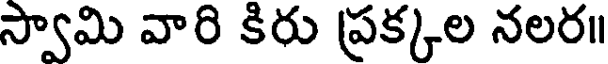
స్వామి వారి కిరు ప్రక్కల నలర॥